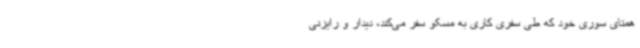
همتای سوری خود که طی سفری کاری به مسکو سفر می‌کند، دیدار و رایزنی